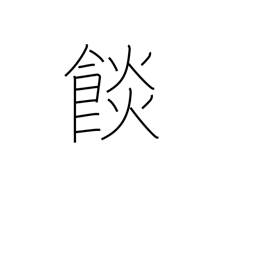
Meaning: food baked in dough